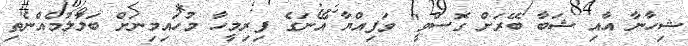
ޝިހާނާ އާއި ޝަބާ ބޭރަށް ގޮސްވީ" ވަފިއްޔާ އޭނަގެ ފިރިމީހާ މުހައިމިނަށް ބަލާލުމެއްނެތި